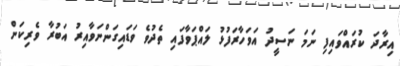
އިރާދަ ކުރައްވައިފި ނަމަ ނަސީދު އަވަހާރަފުޅު ލައްޕަވާފައި ތެދުވެ ވަޑައިގަންނަވާއިރު އަބުރާ ވެރިކަން